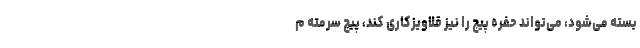
بسته می‌شود، می‌تواند حفره پیچ را نیز قلاویزکاری کند، پیچ سرمته م